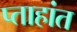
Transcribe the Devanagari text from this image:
प्ताहांत